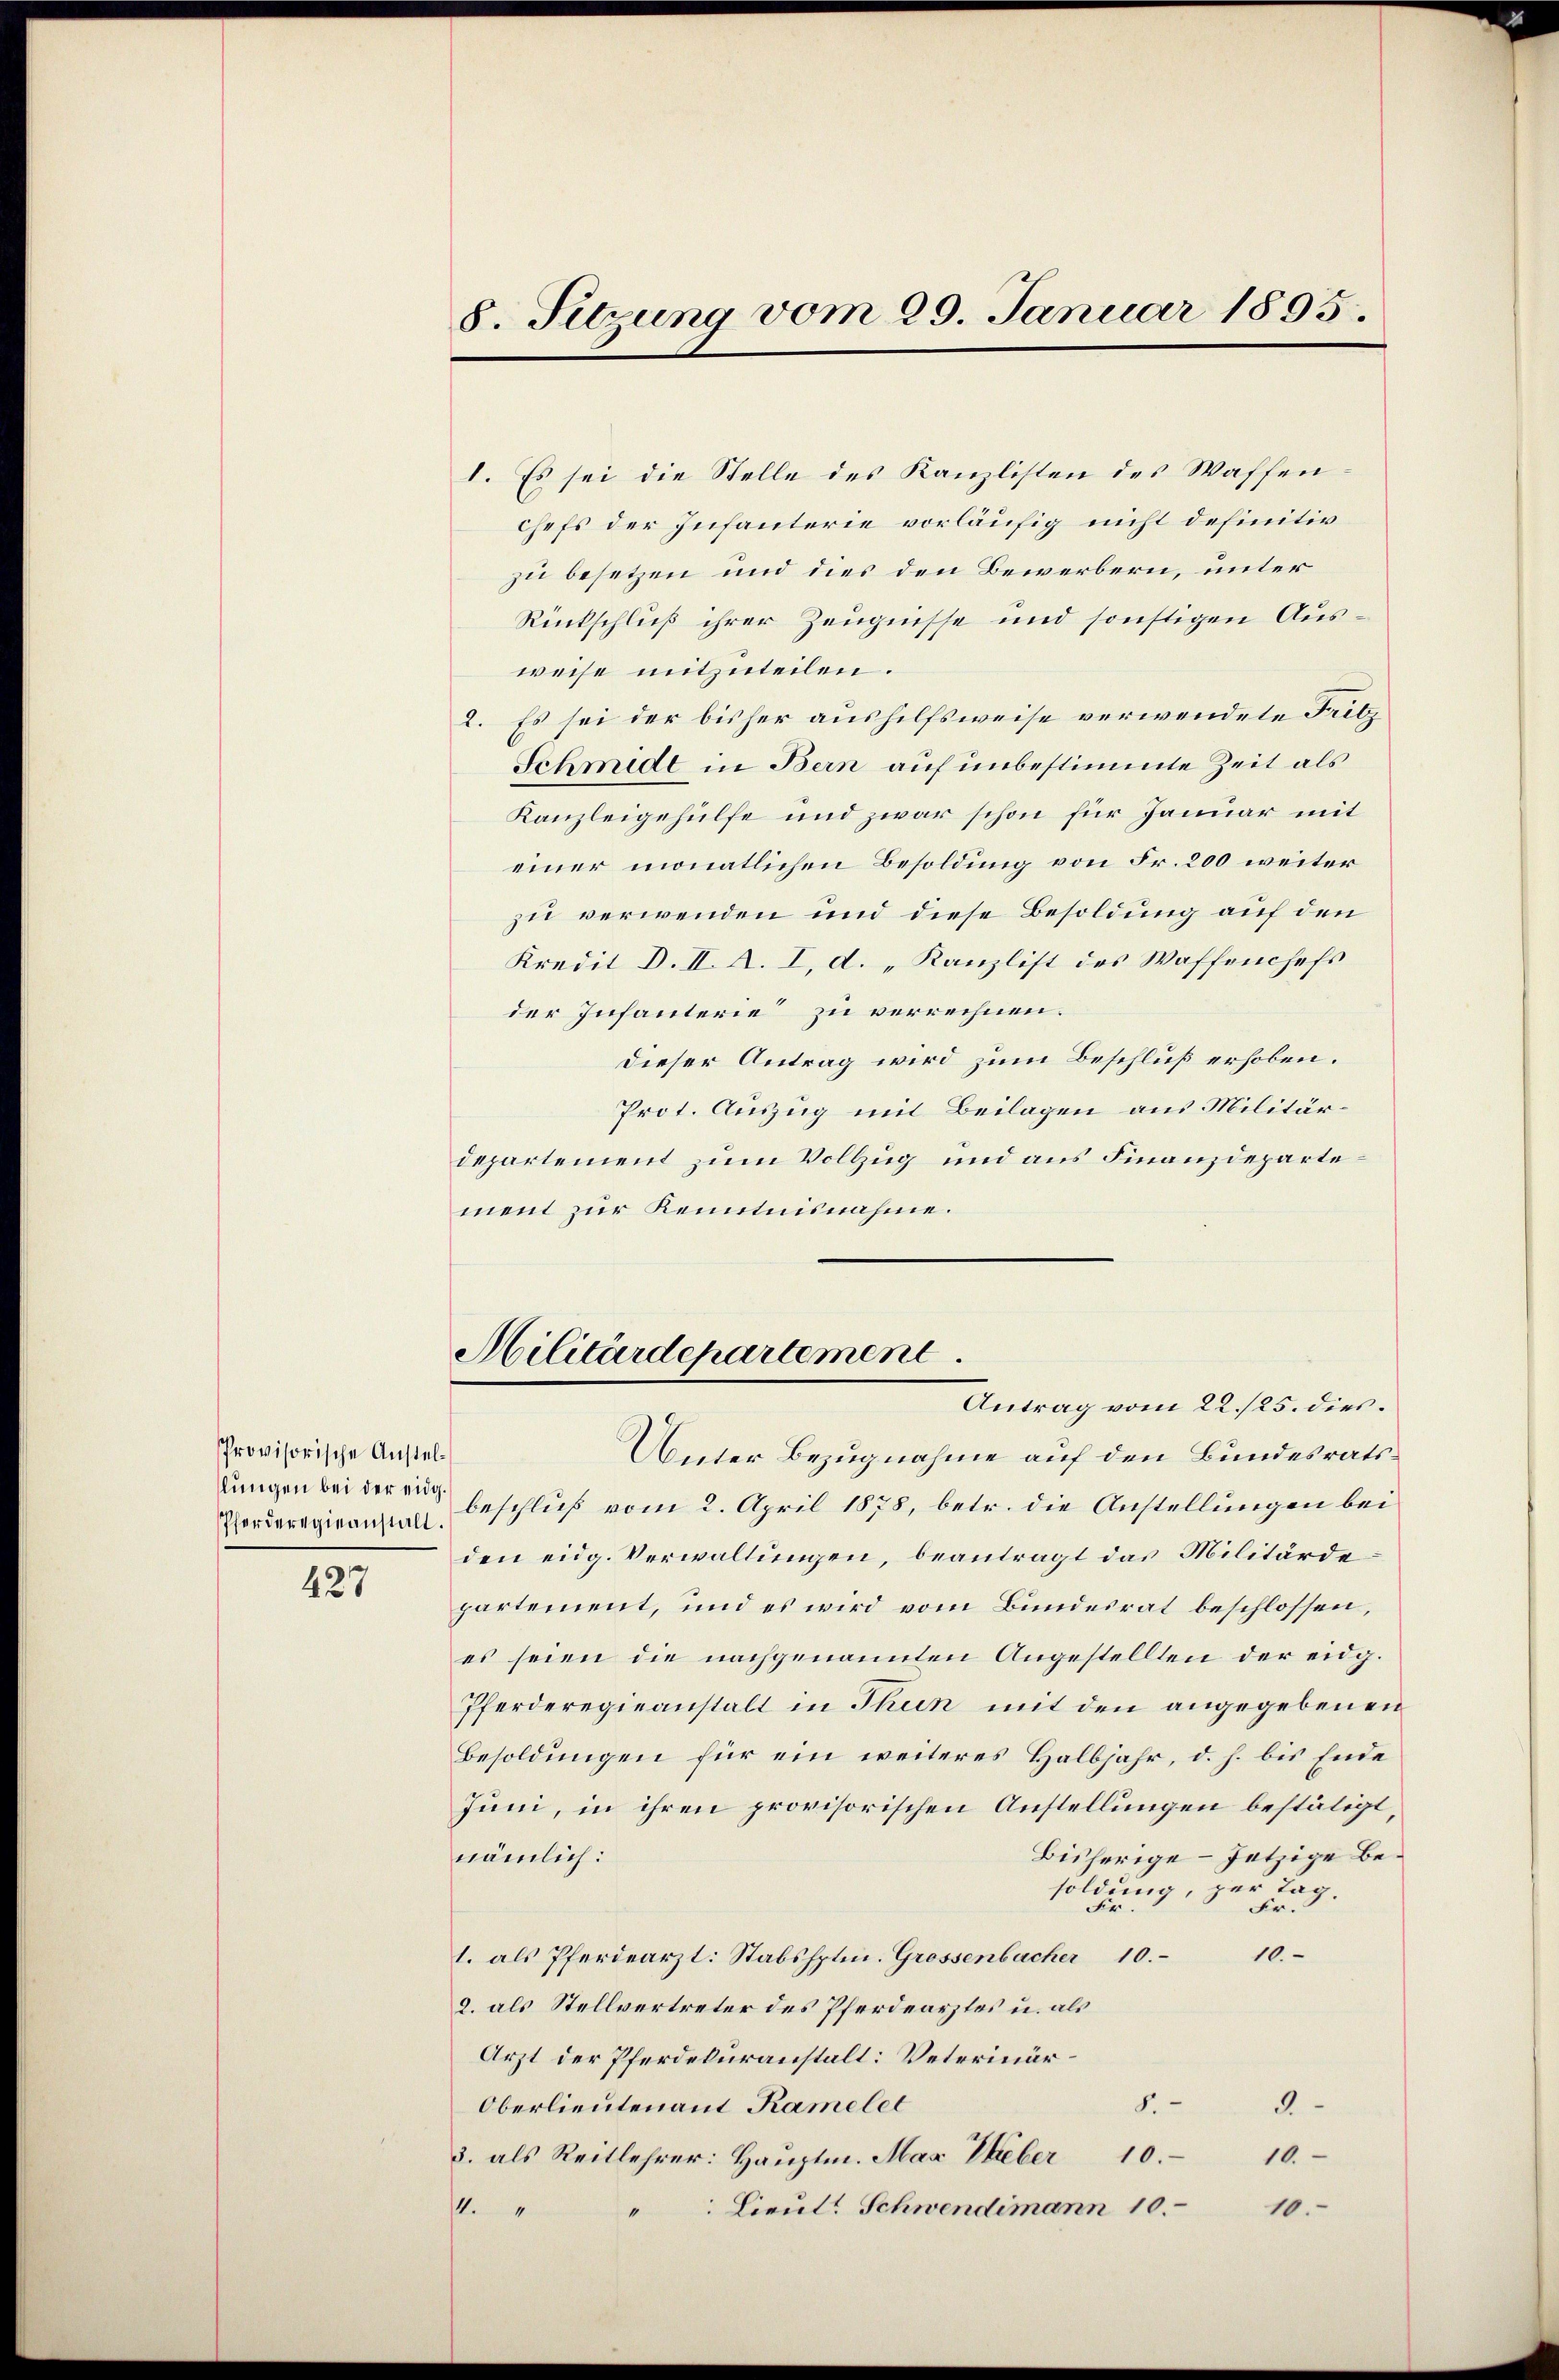
Provisorische Anstel¬
Pferderegieanstalt.

427

8. Sitzung vom 29. Januar 1895.

I. Es sei die Stelle des Kanzlisten des Waffen¬
Chefs der Infanterie vorläufig nicht definitiv
zu besetzen und dies den Bewerbern, unter
Rückschluß ihrer Zeugnisse und sonstigen Ausweise mitzuteilen.
2. Es sei der bisher aushilfsweise verwendete Fritz
Schmidt in Bern auf unbestimmte Zeit als
Kanzleigehülfe und zwar schon für Januar mit
einer monatlichen Besoldung von Fr. 200 weiter
zu verwenden und diese Besoldung auf den
Kredit D. II. A. I, d. „Kanzlist des Waffenchefs
der Infanterie zu verrechnen.
dieser Antrag wird zum Beschluß erhoben.
Prot. Auszug mit Beilagen aus Militärdepartement zum Vollzug und aus Finanzdepartement zur Kenntnisnahme.
Militärdepartement
Antrag vom 22./25. dies.
Unter Bezugnahme auf den Bundesratsdungen bei der er beschluß vom 2. April 1878, betr. die Anstellungen bei
den eidg. Verwaltungen, beantragt das Militärdepartement, und es wird vom Bundesrat beschlossen,
es seien die nachgenannten Angestellten der eidg.
Pferderegieanstalt in Thun mit den angegebenen
Besoldungen für ein weiteres Halbjahr, d. h. bis Ende
Juni, in ihren provisorischen Anstellungen bestätigt,
nämlich:
Bisherige - Jetzige Besoldung, zur Tag.
Fr.
Fr.
10.
1. als Pferdearzt: Stabshptm. Grossenbacher 10.
2. als Stellvertreter des Pferdearztes u. als
Arzt der Pferdekuranstalt: Veterinär¬
Oberlieutenant Ramelet
8.
2
3. als Reitlehrer: Hauptm. Max Weber 10.
10.
Lieut. Schwendimann 10.
1.
1
10.